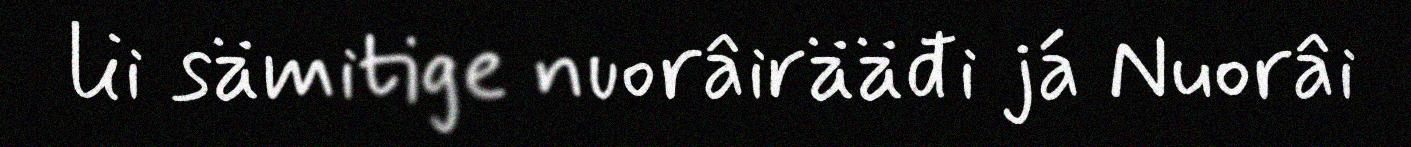
lii sämitige nuorâirääđi já Nuorâi